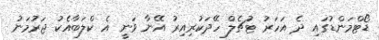
ޑޯޓްމަންޑުގައި ދެ އަހަރު ޓުޗެލް ހޭދަކުރިއިރު އޭނާ ވަނީ އެ ކްލަބާއެކު ޖަރުމަނު